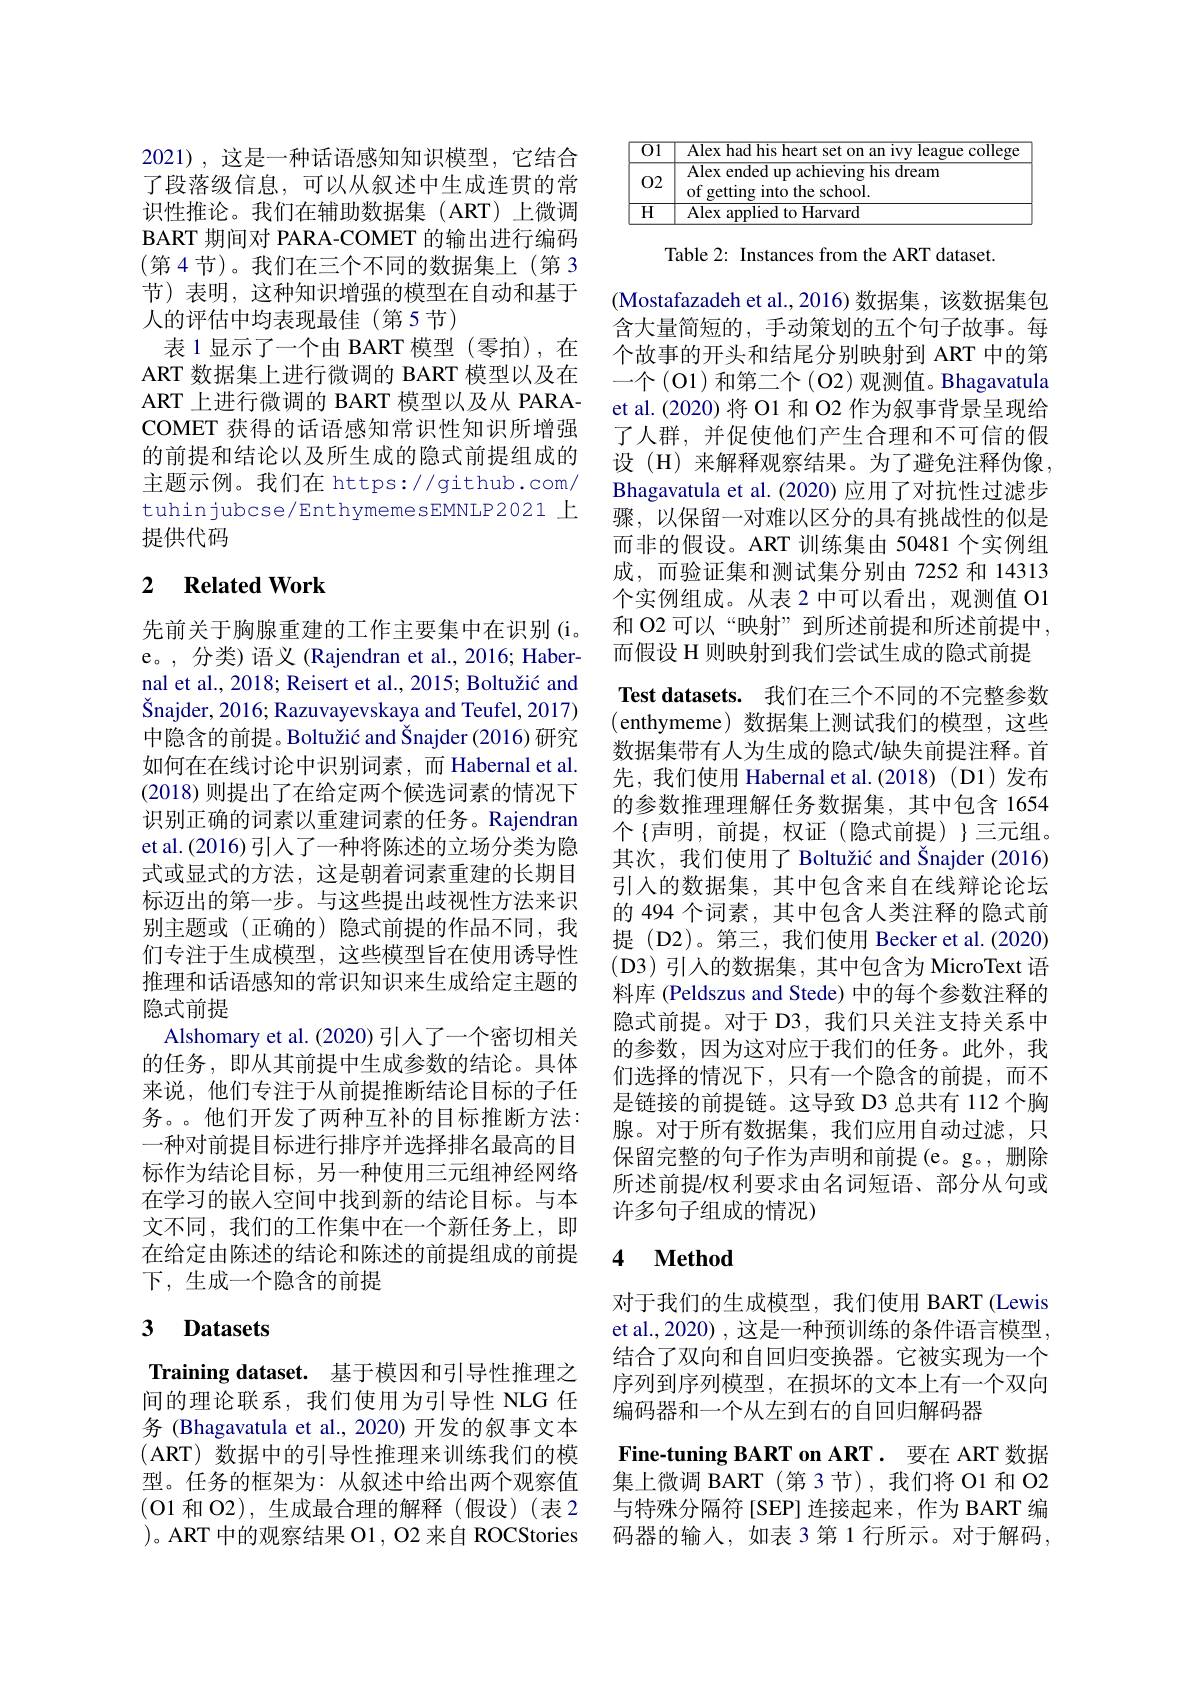
2021),这是一种话语感知知识模型，它结合了段落级信息，可以从叙述中生成连贯的常识性推论。我们在辅助数据集(ART)上微调BART 期 间 对 PARA- COMET 的输出进行编码(第4节)。我们在三个不同的数据集上(第3节)表明，这种知识增强的模型在自动和基于人的评估中均表现最佳(第5节)
表 1 显示了一个由 BART 模型(零拍),在ART 数据集上进行微调的 BART 模型以及在ART 上进行微调的 BART 模型以及从 PARACOMET 获得的话语感知常识性知识所增强的前提和结论以及所生成的隐式前提组成的主题示例。我们在 https://github.com/ tuhinjubcse/EnthymemesEMNLP2021 上提供代码

## 2 $\textbf{Related Work}$

先前关于胸腺重建的工作主要集中在识别(i。e。,分类) 语义 (Rajendran et al.,2016; Habernal et al., 2018; Reisert et al., 2015; Boltužić and Šnajder, 2016; Razuvayevskaya and Teufel, 2017) 中隐含的前提。Boltužić and Šnajder (2016) 研究如何在在线讨论中识别词素，而 Habernal et al. (2018)则提出了在给定两个候选词素的情况下识别正确的词素以重建词素的任务。Rajendran et al. (2016) 引入了一种将陈述的立场分类为隐式或显式的方法，这是朝着词素重建的长期目标迈出的第一步。与这些提出歧视性方法来识别主题或(正确的) 隐式前提的作品不同，我们专注于生成模型，这些模型旨在使用诱导性推理和话语感知的常识知识来生成给定主题的隐式前提
Alshomary et al. (2020) 引入了一个密切相关的任务，即从其前提中生成参数的结论。具体来说，他们专注于从前提推断结论目标的子任务。。他们开发了两种互补的目标推断方法： 一种对前提目标进行排序并选择排名最高的目标作为结论目标，另一种使用三元组神经网络在学习的嵌人空间中找到新的结论目标。与本文不同，我们的工作集中在一个新任务上，即在给定由陈述的结论和陈述的前提组成的前提下，生成一个隐含的前提

## 3 Datasets

Training dataset. 基于模因和引导性推理之间的理论联系，我们使用为引导性 NLG 任务 (Bhagavatula et al.,2020) 开发的叙事文本( ART) 数据中的引导性推理来训练我们的模型。任务的框架为：从叙述中给出两个观察值(O1 和 O2),生成最合理的解释(假设)(表2 )。ART 中的观察结果 O1 , O2 来自 ROCStories

<table>
	<tbody>
		<tr>
			<th>$\overline{01}$</th>
			<th>Alex had his heart $an$ COIIP $\frac{1}{dt}$</th>
		</tr>
		<tr>
			<td>02</td>
			<td>Alex ended up achieving his dream of getting into the school.</td>
		</tr>
		<tr>
			<td>$\overline{H}$</td>
			<td>Alex applied to Harvard</td>
		</tr>
	</tbody>
</table>

Table 2: Instances from the ART dataset.

(Mostafazadeh et al.,2016)数据集，该数据集包含大量简短的，手动策划的五个句子故事。每个故事的开头和结尾分别映射到 ART 中的第一个(O1)和第二个(O2)观测值。Bhagavatula et al. (2020) 将 O1 和 O2 作为叙事背景呈现给了人群，并促使他们产生合理和不可信的假设 (H) 来解释观察结果。为了避免注释伪像， Bhagavatula et al. (2020) 应用了对抗性过滤步骤，以保留一对难以区分的具有挑战性的似是而非的假设。ART 训练集由 50481 个实例组成，而验证集和测试集分别由 7252 和 14313个实例组成。从表 2 中可以看出，观测值 O1和 O2 可以“映射”到所述前提和所述前提中， 而假设 H 则映射到我们尝试生成的隐式前提Test datasets. 我们在三个不同的不完整参数(enthymeme)数据集上测试我们的模型，这些数据集带有人为生成的隐式/缺失前提注释。首先，我们使用 Habernal et al.(2018)(D1)发布的参数推理理解任务数据集，其中包含 1654个 {声明，前提，权证(隐式前提)} $\}$三元组。其次，我们使用了 Boltužić and Šnajder (2016) 引入的数据集，其中包含来自在线辩论论坛的 494 个词素，其中包含人类注释的隐式前提(D2)。第三，我们使用 Becker et al.(2020) (D3)引入的数据集，其中包含为 MicroText 语料库 (Peldszus and Stede) 中的每个参数注释的隐式前提。对于 D3, 我们只关注支持关系中的参数，因为这对应于我们的任务。此外，我们选择的情况下，只有一个隐含的前提，而不是链接的前提链。这导致 D3 总共有 112 个胸腺。对于所有数据集，我们应用自动过滤，只保留完整的句子作为声明和前提(e。g。,删除所述前提/权利要求由名词短语、部分从句或许多句子组成的情况)

# 4 $\textbf{Method}$

对于我们的生成模型，我们使用 BART (Lewis et al., 2020) , 这是一种预训练的条件语言模型， 结合了双向和自回归变换器。它被实现为一个序列到序列模型，在损坏的文本上有一个双向编码器和一个从左到右的自回归解码器
Fine-tuning BART on ART. 要在 ART 数据集上微调 BART(第3节),我们将 O1 和 O2与特殊分隔符[SEP]连接起来，作为 BART 编码器的输入，如表 3 第 1 行所示。对于解码，